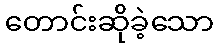
တောင်းဆိုခဲ့သော